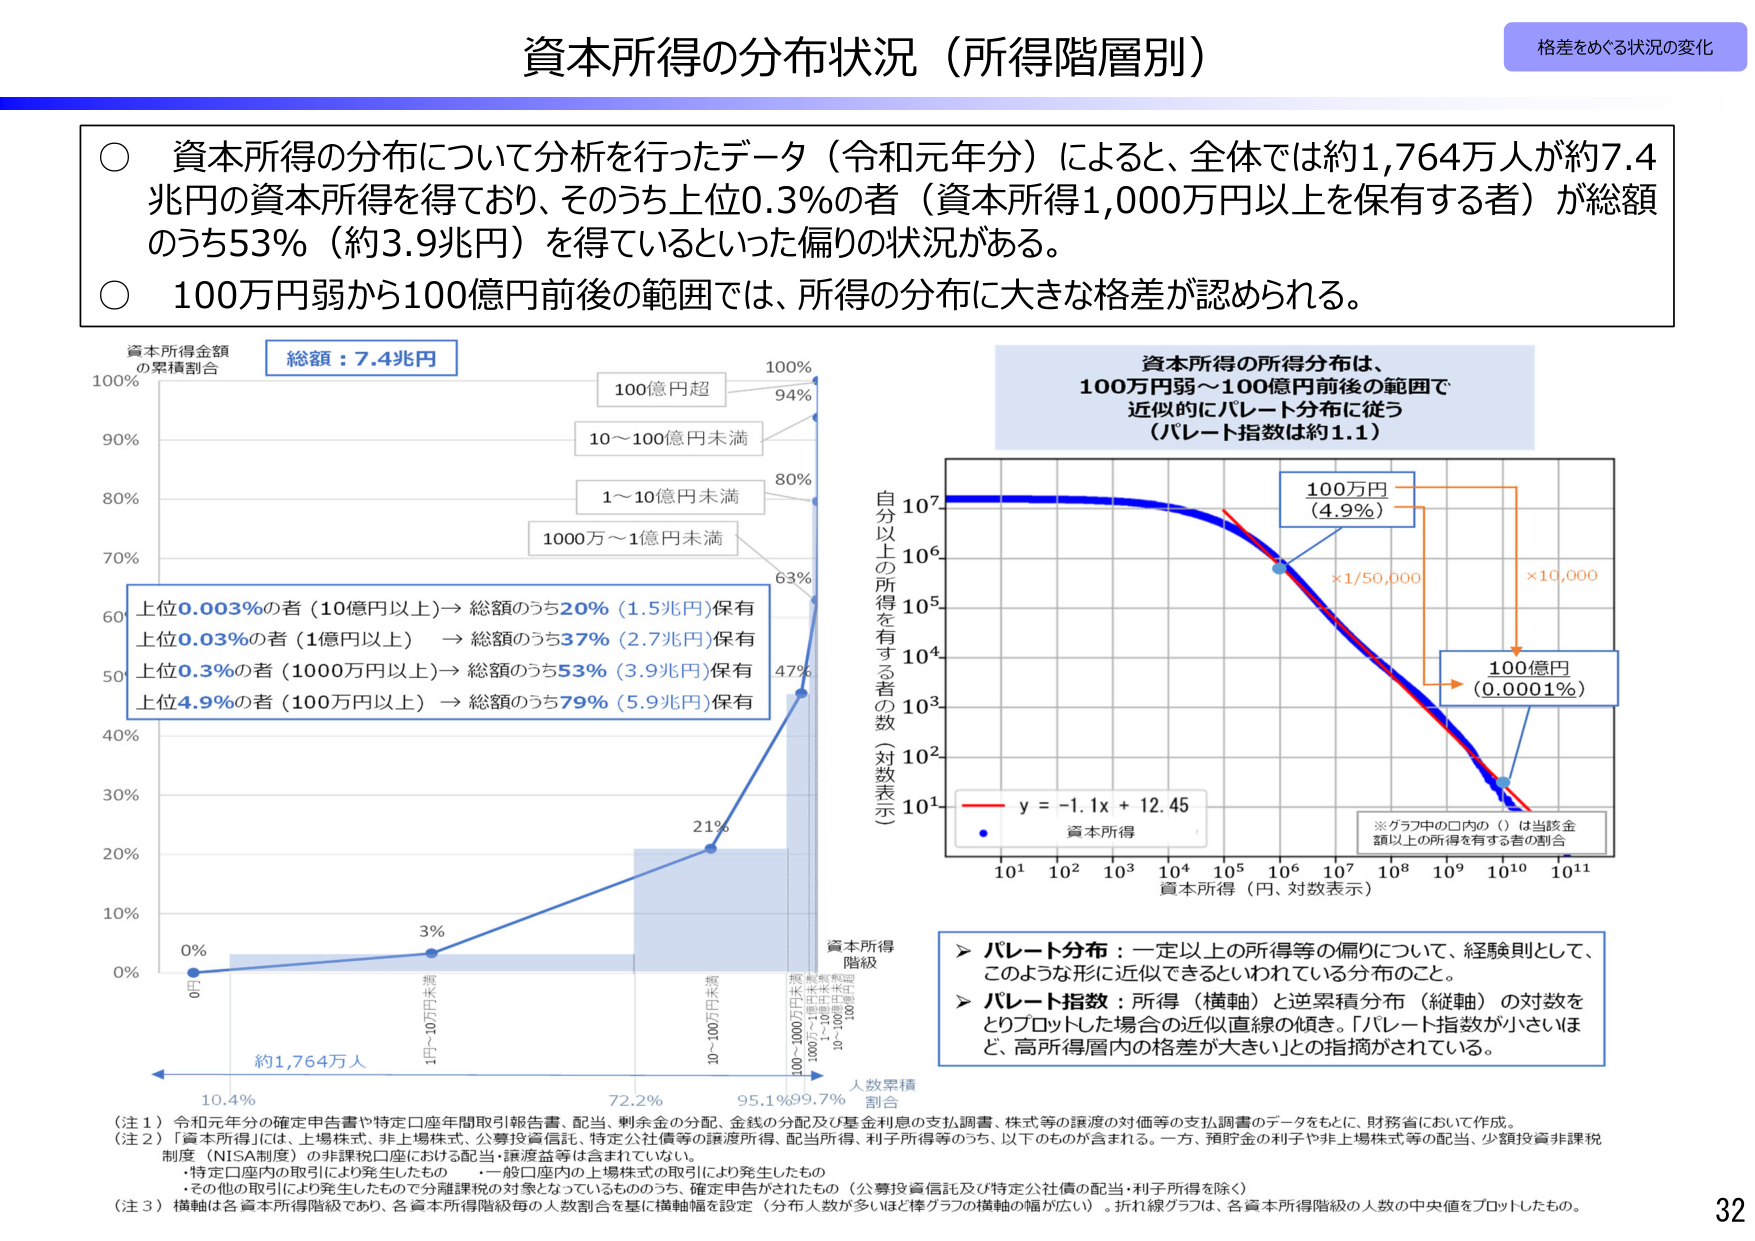
資本所得の分布状況（所得階層別）

格差をめぐる状況の変化

○ 資本所得の分布について分析を行ったデータ（令和元年分）によると、全体では約1,764万人が約7.4兆円の資本所得を得ており、そのうち上位0.3％の者（資本所得1,000万円以上を保有する者）が総額のうち53％（約3.9兆円）を得ているといった偏りの状況がある。

○ 100万円弱から100億円前後の範囲では、所得の分布に大きな格差が認められる。

資本所得金額
の累積割合

総額：7.4兆円

100億円超 100%
10～100億円未満 94%
1～10億円未満 80%
1000万～1億円未満 63%
47%

上位0.003％の者（10億円以上）→ 総額のうち20％（1.5兆円）保有
上位0.03％の者（1億円以上） → 総額のうち37％（2.7兆円）保有
上位0.3％の者（1000万円以上）→ 総額のうち53％（3.9兆円）保有
上位4.9％の者（100万円以上） → 総額のうち79％（5.9兆円）保有

0%
3%
21%

0円
1円～10万円未満
10～100万円未満
100万～1000万円未満
1000万～1億円未満
1億～10億円未満
10億～100億円未満
100億円超

約1,764万人

10.4%
72.2%
95.1% 99.7%

人数累積
割合

資本所得
階級

資本所得の所得分布は、
100万円弱～100億円前後の範囲で
近似的にパレート分布に従う
（パレート指数は約1.1）

100万円
（4.9％）

×1/50,000

×10,000

100億円
（0.0001％）

y = -1.1x + 12.45
資本所得

※グラフ中の□内の（）は当該金額以上の所得を有する者の割合

10¹ 10² 10³ 10⁴ 10⁵ 10⁶ 10⁷ 10⁸ 10⁹ 10¹⁰ 10¹¹
資本所得（円、対数表示）

10⁷
10⁶
10⁵
10⁴
10³
10²
10¹

自分以上の所得を有する者の数（対数表示）

＞ パレート分布：一定以上の所得等の偏りについて、経験則として、このような形に近似できるといわれている分布のこと。

＞ パレート指数：所得（横軸）と逆累積分布（縦軸）の対数をとりプロットした場合の近似直線の傾き。「パレート指数が小さいほど、高所得層内の格差が大きい」との指摘がされている。

（注１）令和元年分の確定申告書や特定口座年間取引報告書、配当、剰余金の分配、金銭の分配及び基金利息の支払調書、株式等の譲渡の対価等の支払調書のデータをもとに、財務省において作成。

（注２）「資本所得」には、上場株式、非上場株式、公募投資信託、特定公社債等の譲渡所得、配当所得、利子所得等のうち、以下のものが含まれる。一方、預貯金の利子や非上場株式等の配当、少額投資非課税制度（NISA制度）の非課税口座における配当・譲渡益等は含まれていない。
・特定口座内の取引により発生したもの　・一般口座内の上場株式の取引により発生したもの
・その他の取引により発生したもので分離課税の対象となっているもののうち、確定申告がされたもの（公募投資信託及び特定公社債の配当・利子所得を除く）

（注３）横軸は各資本所得階級であり、各資本所得階級毎の人数割合を基に横軸幅を設定（分布人数が多いほど棒グラフの横軸の幅が広い）。折れ線グラフは、各資本所得階級の人数の中央値をプロットしたもの。

32